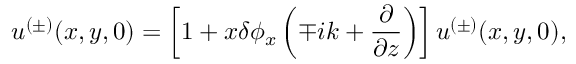
u ^ { ( \pm ) } ( x , y , 0 ) = \left[ 1 + x \delta \phi _ { x } \left( \mp i k + \frac { \partial } { \partial z } \right) \right] u ^ { ( \pm ) } ( x , y , 0 ) ,